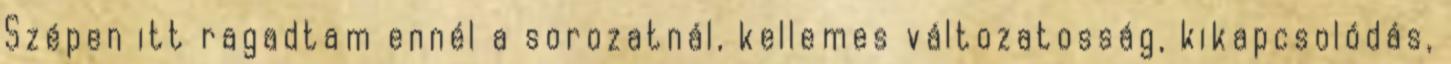
Szépen itt ragadtam ennél a sorozatnál, kellemes változatosság, kikapcsolódás,